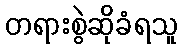
တရားစွဲဆိုခံရသူ